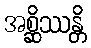
အစ္ဆိဿန္တိ